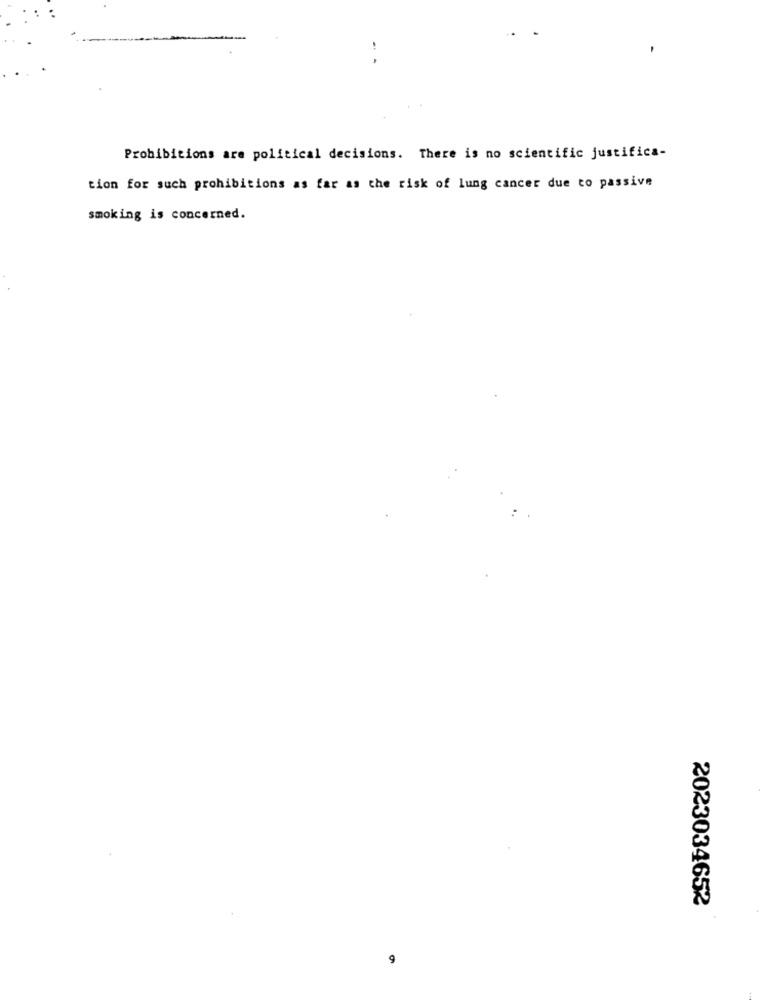
Prohibitions are political decisions. There is no scientific justifica-
tion for such prohibitions as far as the risk of lung cancer due to passive
smoking is concerned.
2023034652
9